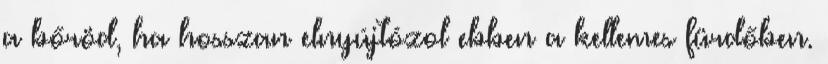
a bőröd, ha hosszan elnyújtózol ebben a kellemes fürdőben.